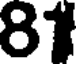
81